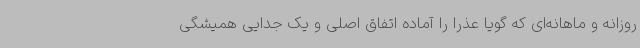
روزانه و ماهانه‌ای که گویا عذرا را آماده اتفاق اصلی و یک جدایی همیشگی